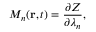
M _ { n } ( \mathbf { r } , t ) = \frac { \partial Z } { \partial \lambda _ { n } } ,